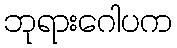
ဘုရားဂေါပက